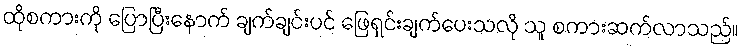
ထိုစကားကို ပြောပြီးနောက် ချက်ချင်းပင် ဖြေရှင်းချက်ပေးသလို သူ စကားဆက်လာသည်။